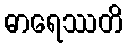
ဓာရေဿတိ